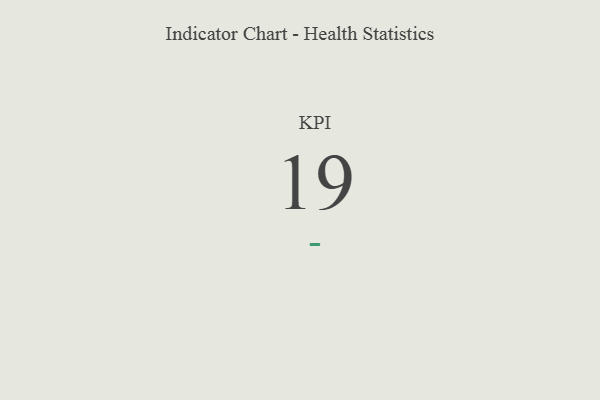
{"axis": {"x": "KPI", "y": "Value"}, "legend": [""], "data": [{"x": "KPI", "y": 19, "type": ""}]}